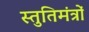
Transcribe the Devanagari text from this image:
स्तुतिमंत्रों